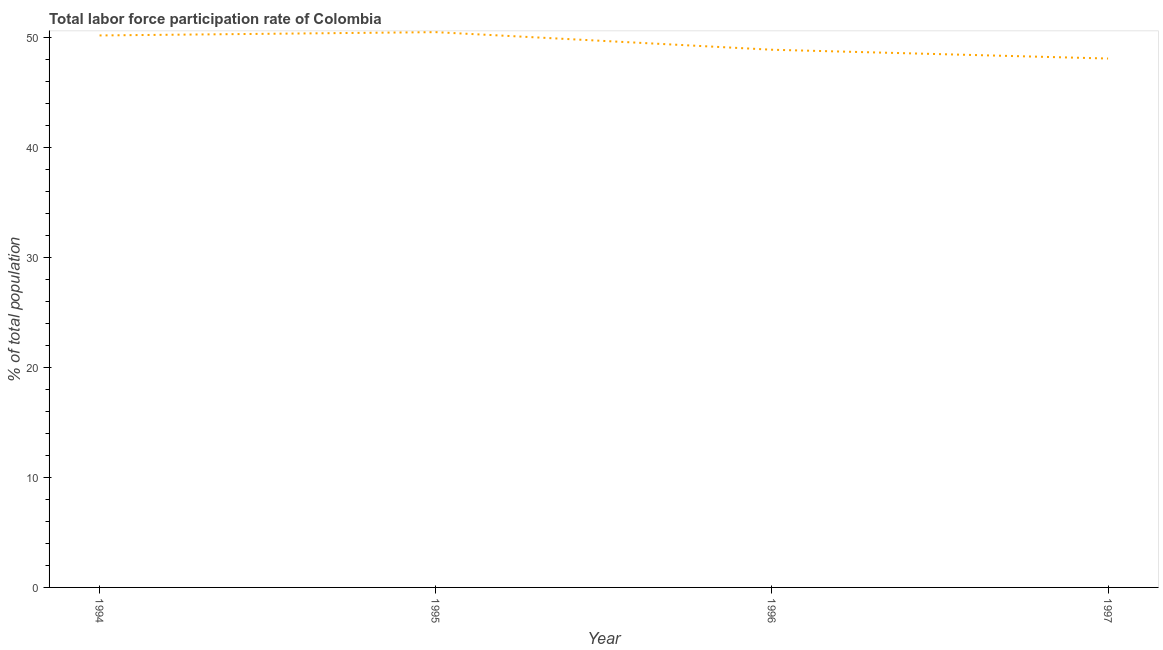
| Year | Labor force participation rate for ages 15-24 total |
 | --- | --- |
 | 1994 | 50.2 |
 | 1995 | 50.5 |
 | 1996 | 48.9 |
 | 1997 | 48.1 |